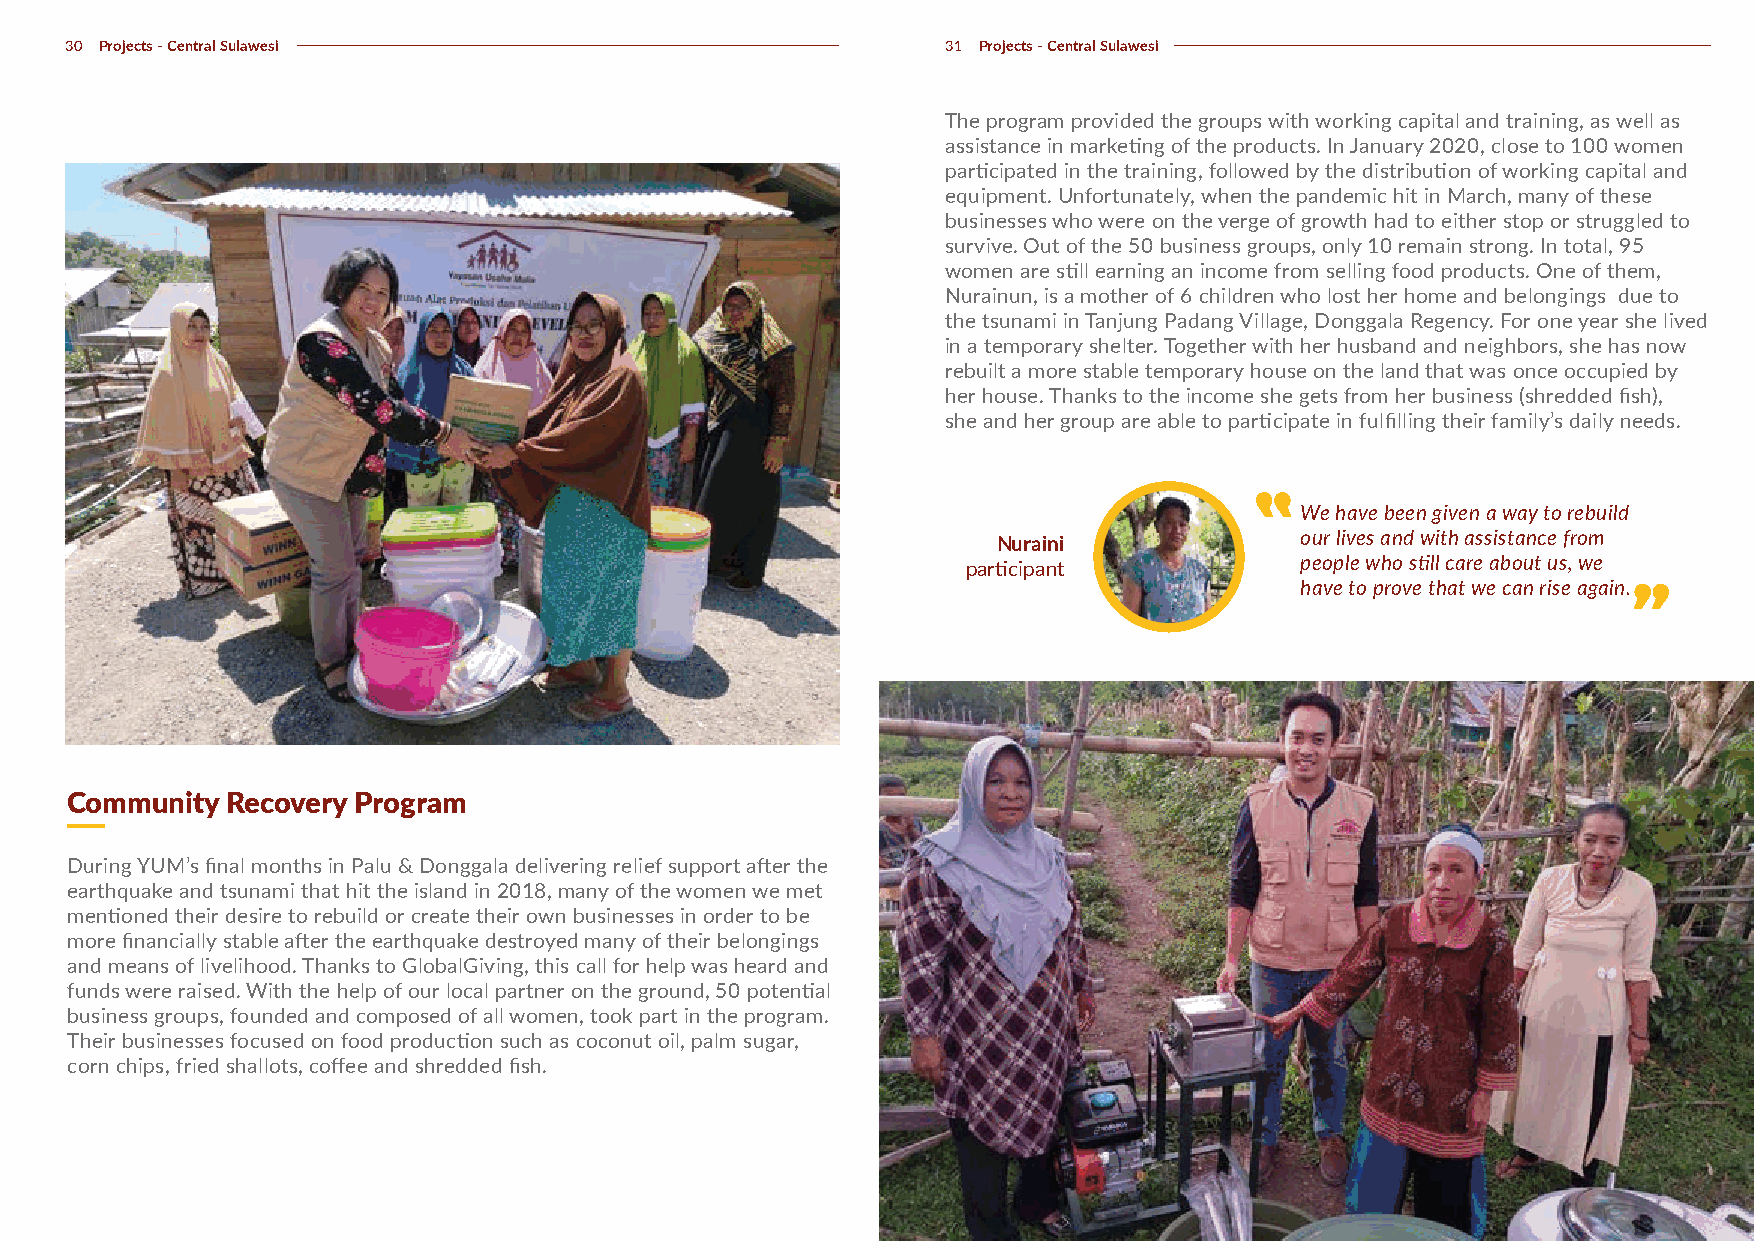
30 Projects - Central Sulawesi                             31 Projects - Central Sulawesi
 The program provided the groups with working capital and training, as well as
 assistance in marketing of the products. In January 2020, close to 100 women
 participated in the training, followed by the distribution of working capital and
 equipment. Unfortunately, when the pandemic hit in March, many of these
 businesses who were on the verge of growth had to either stop or struggled to
 survive. Out of the 50 business groups, only 10 remain strong. In total, 95
 women are still earning an income from selling food products. One of them,
 Nurainun, is a mother of 6 children who lost her home and belongings due to
 the tsunami in Tanjung Padang Village, Donggala Regency. For one year she lived
 in a temporary shelter. Together with her husband and neighbors, she has now
 rebuilt a more stable temporary house on the land that was once occupied by
 her house. Thanks to the income she gets from her business (shredded fish),
 she and her group are able to participate in fulfilling their family’s daily needs.
 We have been given a way to rebuild
 Nuraini             our lives and with assistance from
 participant           people who still care about us, we
 have to prove that we can rise again.
 Community  Recovery Program
 During YUM’s final months in Palu & Donggala delivering relief support after the
 earthquake and tsunami that hit the island in 2018, many of the women we met
 mentioned their desire to rebuild or create their own businesses in order to be
 more financially stable after the earthquake destroyed many of their belongings
 and means of livelihood. Thanks to GlobalGiving, this call for help was heard and
 funds were raised. With the help of our local partner on the ground, 50 potential
 business groups, founded and composed of all women, took part in the program.
 Their businesses focused on food production such as coconut oil, palm sugar,
 corn chips, fried shallots, coffee and shredded fish.